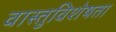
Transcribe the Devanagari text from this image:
वास्तुविशेषता